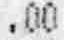
.00